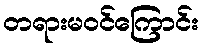
တရားမဝင်ကြောင်း